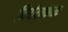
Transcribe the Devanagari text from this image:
निर्धारणकारक